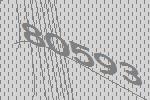
80593